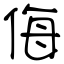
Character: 侮